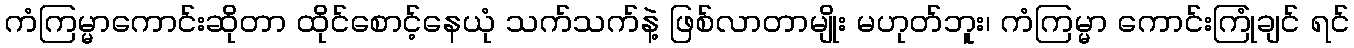
ကံကြမ္မာကောင်းဆိုတာ ထိုင်စောင့်နေယုံ သက်သက်နဲ့ ဖြစ်လာတာမျိုး မဟုတ်ဘူး၊ ကံကြမ္မာ ကောင်းကြုံချင် ရင်